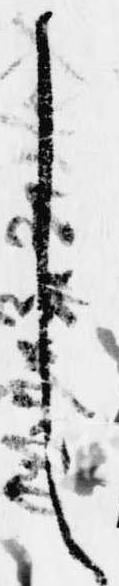
し